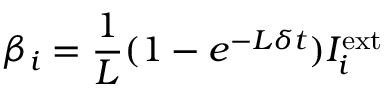
\beta _ { i } = \frac { 1 } { L } ( 1 - e ^ { - L \delta t } ) I _ { i } ^ { \mathrm { e x t } }